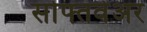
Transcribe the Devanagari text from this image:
सोफ्तवेअर